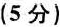
(5 分)